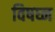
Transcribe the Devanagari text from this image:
विषघ्न